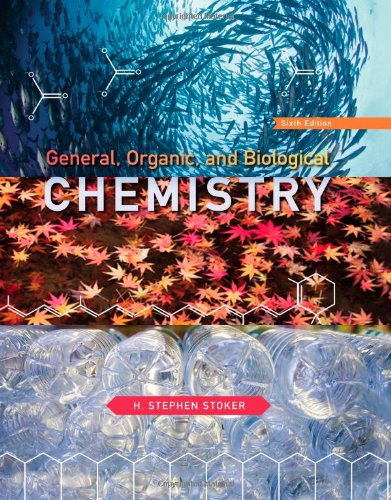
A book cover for General, Organic, and Biological Chemistry; H. Stephen Stoker; Science & Math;